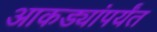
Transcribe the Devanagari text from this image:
आकड्यांपर्यंत